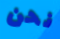
نحن